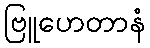
ဗြူဟေတာနံ